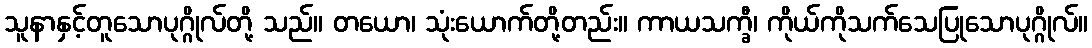
သူနာနှင့်တူသောပုဂ္ဂိုလ်တို့ သည်။ တယော၊ သုံးယောက်တို့တည်း။ ကာယသက္ခီ၊ ကိုယ်ကိုသက်သေပြုသောပုဂ္ဂိုလ်။